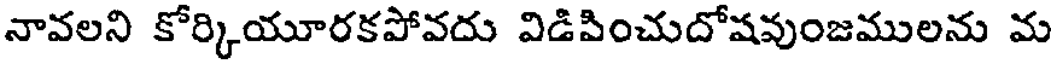
నావలని కోర్కియూరకపోవదు విడిపించుదోషవుంజములను మ